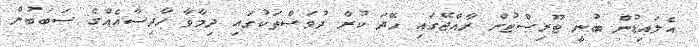
އެލައިޑުން ބުނީ ޓޫރިސްޓުން ރާއްޖޭގައި ހޭދަ ކުރާ ދުވަސްތަކުގައި ދިމާވާ ހާދިސާއެއްގެ ސަބަބުން